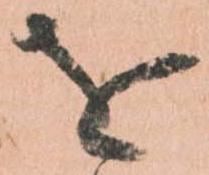
を